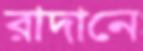
রাদানে